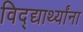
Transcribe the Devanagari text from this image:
विद्द्यार्थ्यांना